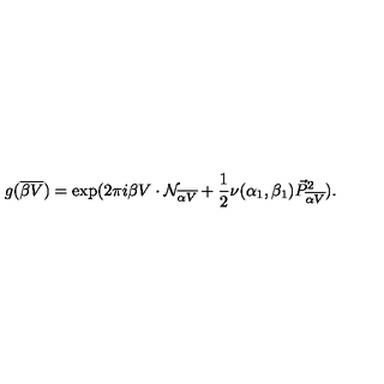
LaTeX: g ( { \overline { { \beta V } } } ) = \exp ( 2 \pi i \beta V \cdot { \cal N } _ { \overline { { \alpha V } } } + { \frac { 1 } { 2 } } \nu ( \alpha _ { 1 } , \beta _ { 1 } ) { \vec { P } } _ { \overline { { \alpha V } } } ^ { 2 } ) .